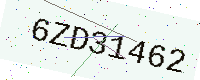
Text: 6ZD31462